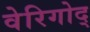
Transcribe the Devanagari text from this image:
वेरिगोद्